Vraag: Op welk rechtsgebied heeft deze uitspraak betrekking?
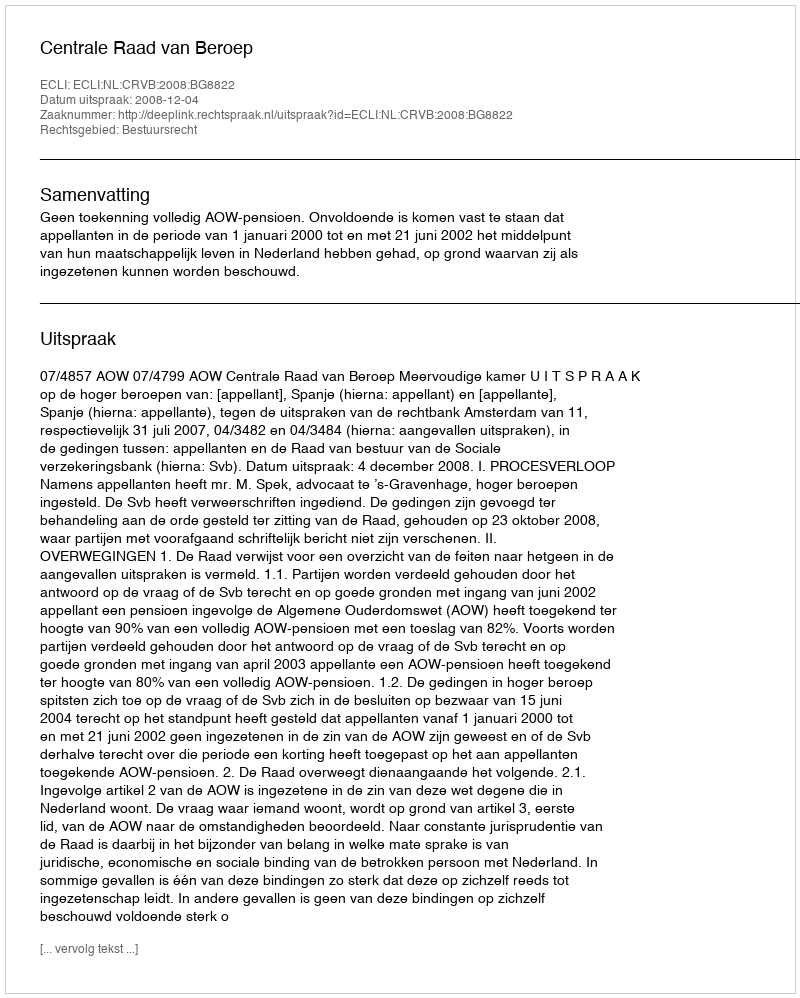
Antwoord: Bestuursrecht